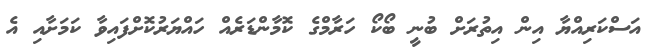
އަސްކަރިއްޔާ އިން އިތުރަށް ބުނީ ބޯކޯ ހަރާމްގެ ކޮމާންޑަރެއް ހައްޔަރުކޮށްފައިވާ ކަމަށާއި އެ